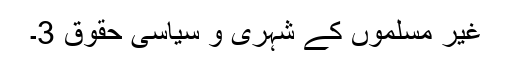
غیر مسلموں کے شہری و سیاسی حقوق 3۔